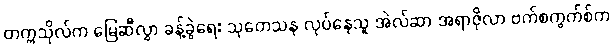
တက္ကသိုလ်က မြေဆီလွှာ ခန့်ခွဲရေး သုတေသန လုပ်နေသူ အဲလ်ဆာ အရာဇိုလာ ဗက်စကွက်စ်က